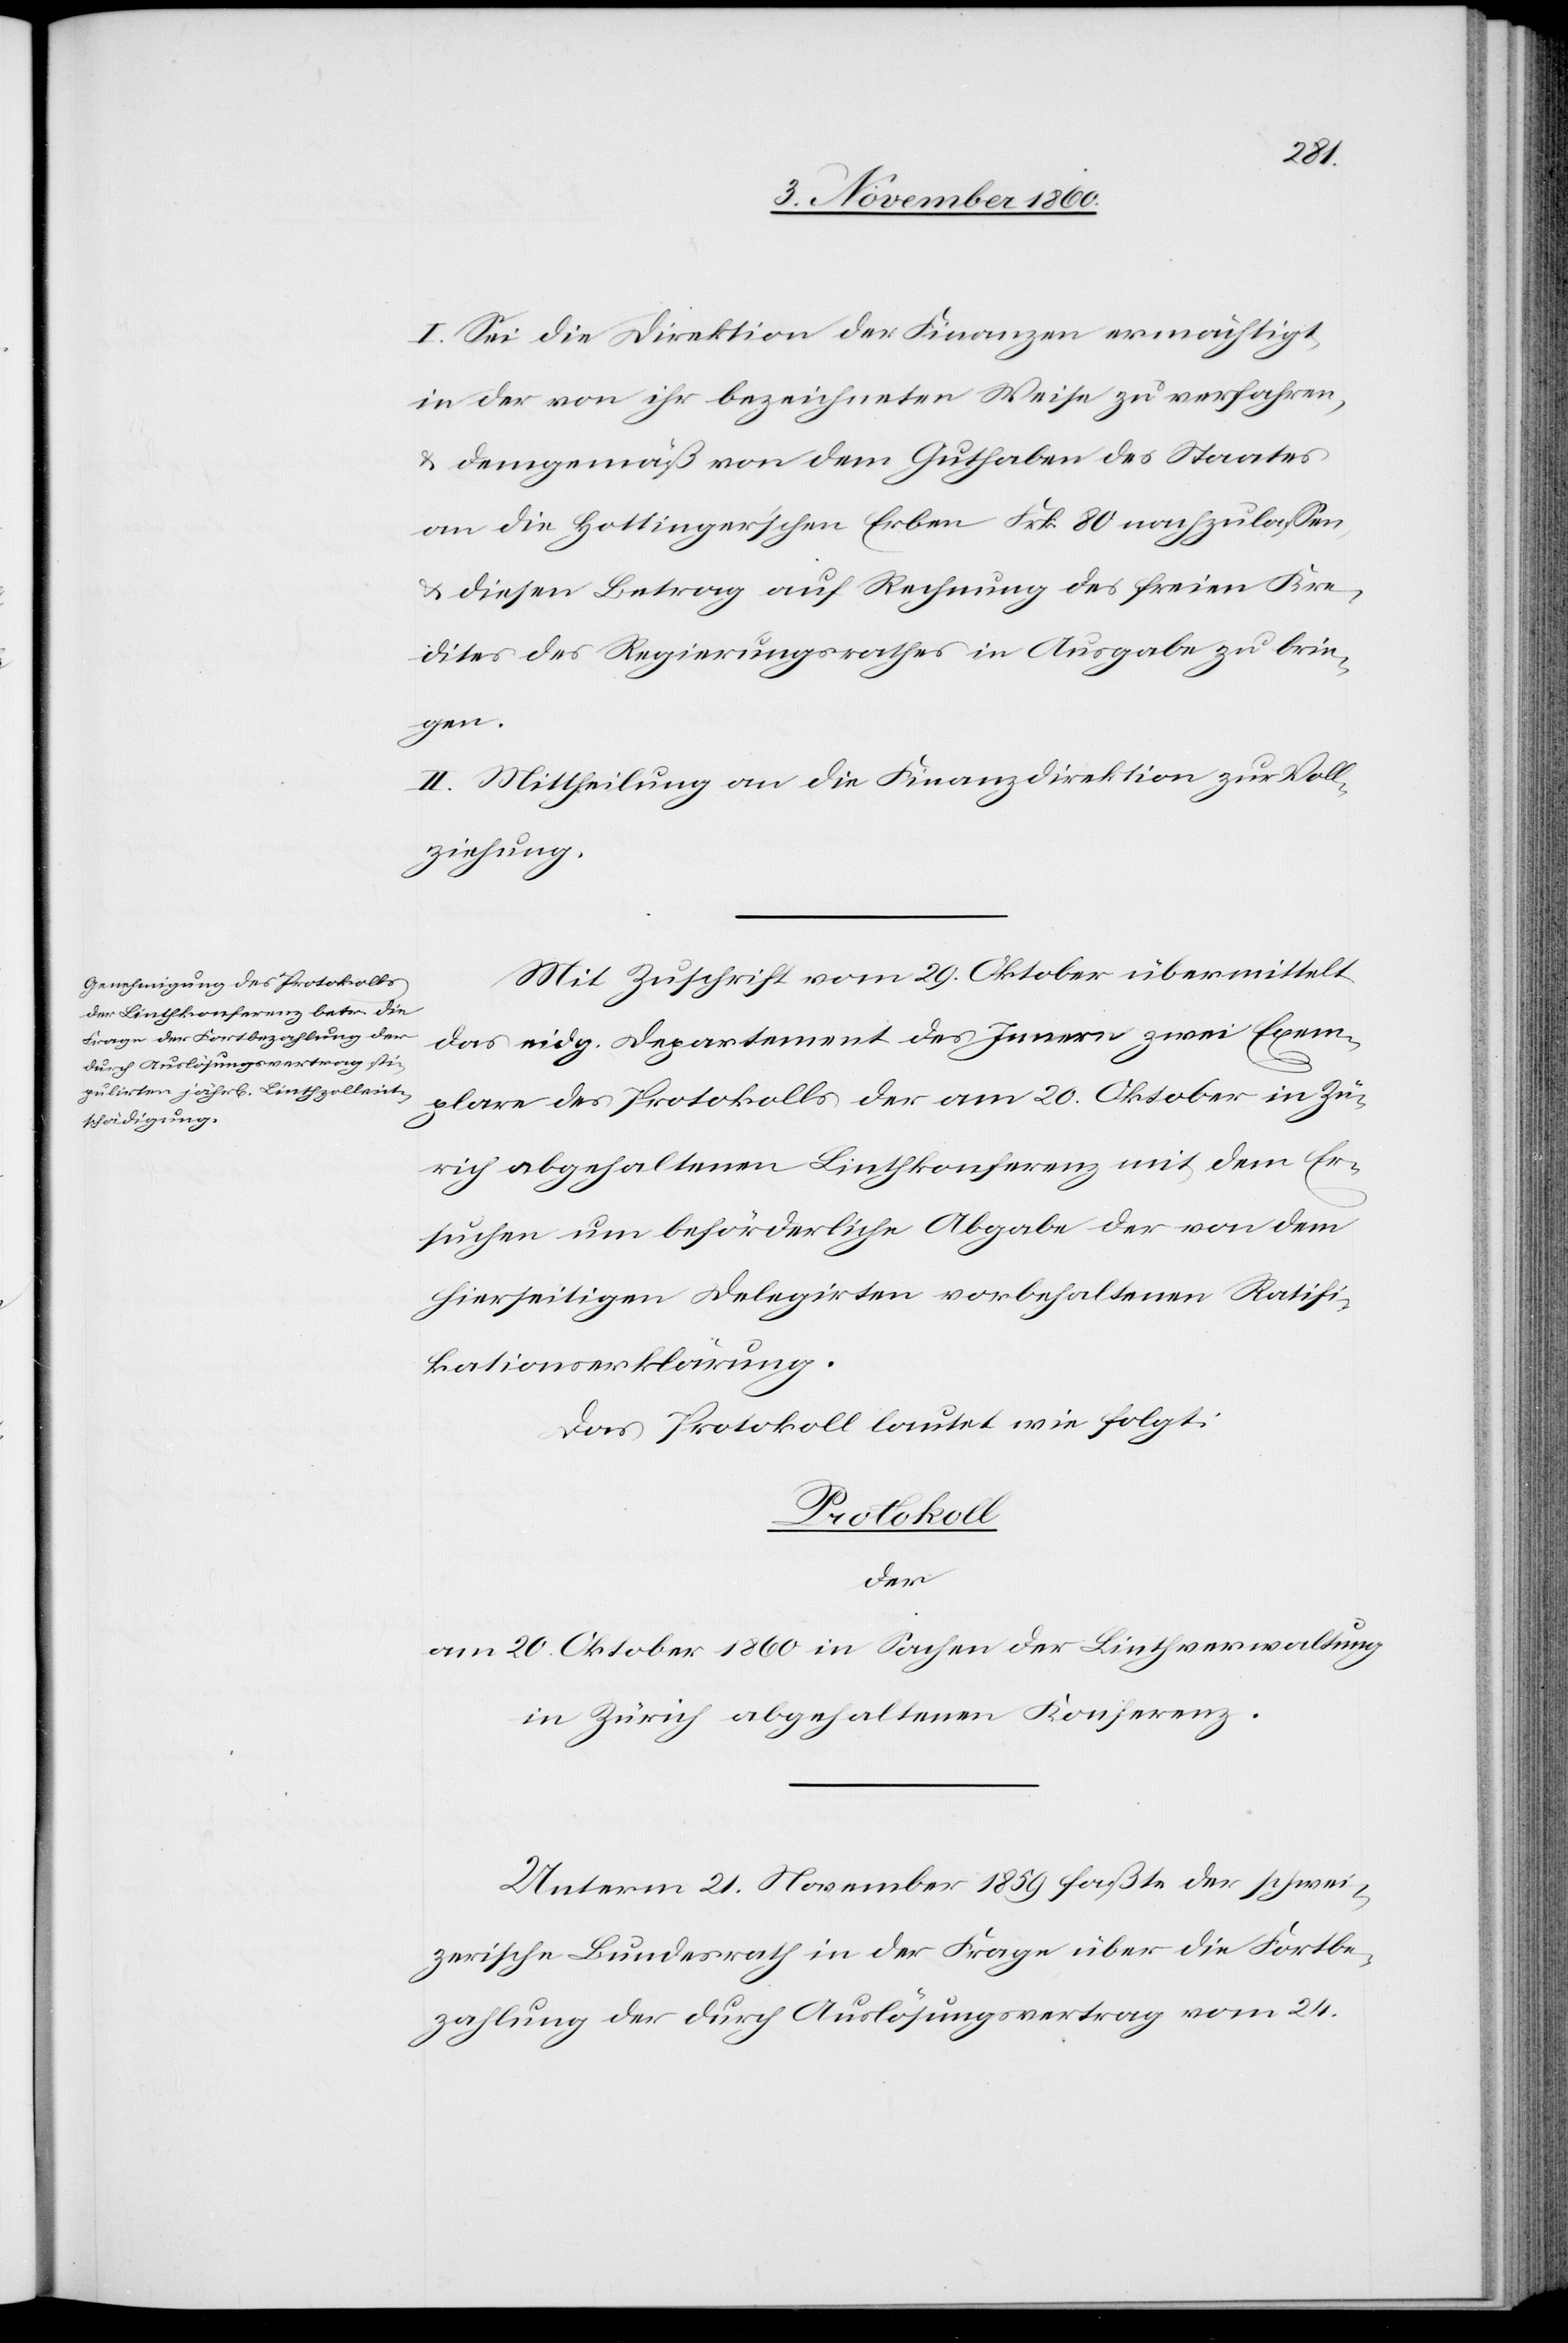
I. Sei die Direktion der Finanzen ermächtigt,
in der von ihr bezeichneten Weise zu verfahren,
u. demgemäß von dem Guthaben des Staates
an die Hottinger’schen Erben Frk. 80 nachzulassen,
u. diesen Betrag auf Rechnung des freien Kre¬
dites des Regierungsrathes in Ausgabe zu brin¬
gen.
II. Mitheilung an die Finanzdirektion zur Voll¬
ziehung.
Mit Zuschrift vom 29. Oktober übermittelt
das eidg. Departement des Innern zwei Exem¬
plare des Protokolls der am 20. Oktober in Zü¬
rich abgehaltenen Linthkonferenz mit dem Er¬
suchen um beförderliche Abgabe der von dem
hierseitigen Delegirten vorbehaltenen Ratifi¬
kationserklärung.
Das Protokoll lautet wie folgt.
Protokoll
der
am 20. Oktober 1860 in Sachen der Linthverwaltung
in Zürich abgehaltenen Konferenz.
Unterm 21. November 1859 faßte der schwei¬
zerische Bundesrath in der Frage über die Fortbe¬
zahlung der durch Auslösungsvertrag vom 24.